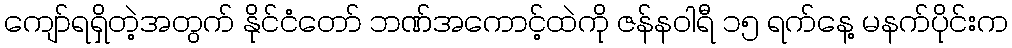
ကျော်ရရှိတဲ့အတွက် နိုင်ငံတော် ဘဏ်အကောင့်ထဲကို ဇန်နဝါရီ ၁၅ ရက်နေ့ မနက်ပိုင်းက